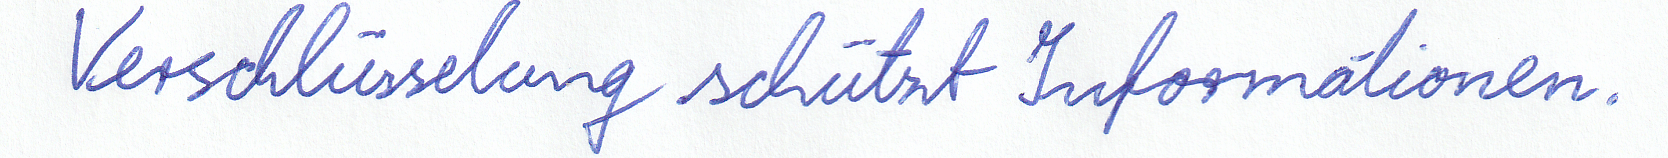
Verschlüsselung schützt Informationen.